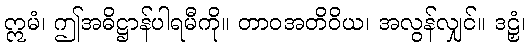
ဣမံ၊ ဤအဓိဋ္ဌာန်ပါရမီကို။ တာဝအတိဝိယ၊ အလွန်လျှင်။ ဒဠှံ၊